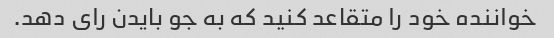
خواننده خود را متقاعد کنید که به جو بایدن رای دهد.